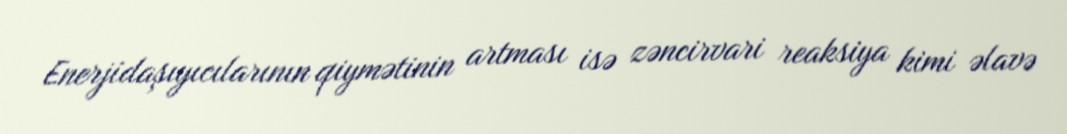
Enerjidaşıyıcılarının qiymətinin artması isə zəncirvari reaksiya kimi əlavə